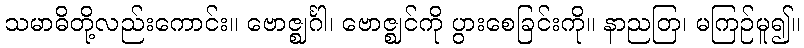
သမာဓိတို့လည်းကောင်း။ ဗောဇ္ဈင်္ဂါ၊ ဗောဇ္ဈင်ကို ပွားစေခြင်းကို။ နာညတြ၊ မကြဉ်မူ၍။